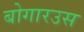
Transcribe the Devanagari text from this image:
बोगारउस